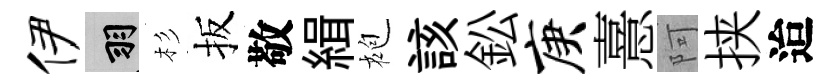
伊羽杉扳敬緝袍該鈆庚憙阿挟迨